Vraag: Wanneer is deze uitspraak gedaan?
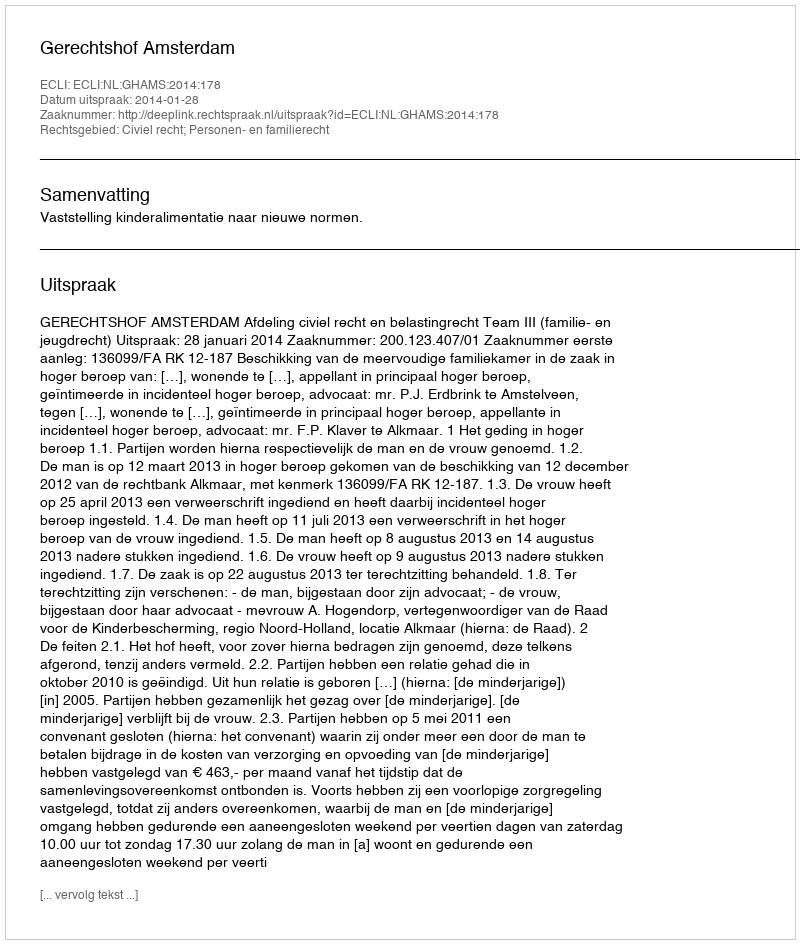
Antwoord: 2014-01-28